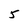
Character: 5